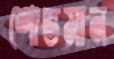
শোভমান